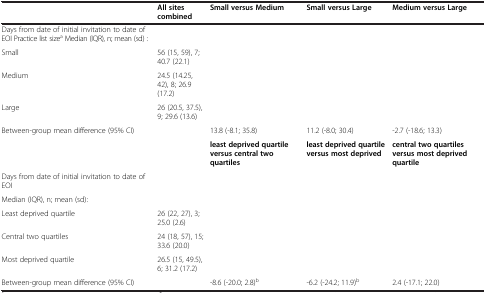
<table><thead><tr><td><b> </b></td><td><b>All sites combined</b></td><td><b>Small versus Medium</b></td><td><b>Small versus Large</b></td><td><b>Medium versus Large</b></td></tr></thead><tbody><tr><td>Days from date of initial invitation to date of EOI Practice list size<sup>a</sup> Median (IQR), n; mean (sd) :</td><td> </td><td> </td><td> </td><td> </td></tr><tr><td>Small</td><td>56 (15, 59), 7; 40.7 (22.1)</td><td> </td><td> </td><td> </td></tr><tr><td>Medium</td><td>24.5 (14.25, 42), 8; 26.9 (17.2)</td><td> </td><td> </td><td> </td></tr><tr><td>Large</td><td>26 (20.5, 37.5), 9; 29.6 (13.6)</td><td> </td><td> </td><td> </td></tr><tr><td>Between-group mean difference (95% CI)</td><td> </td><td>13.8 (-8.1; 35.8)</td><td>11.2 (-8.0; 30.4)</td><td>-2.7 (-18.6; 13.3)</td></tr><tr><td> </td><td> </td><td><b>least deprived quartile versus central two quartiles</b></td><td><b>least deprived quartile versus most deprived</b></td><td><b>central two quartiles versus most deprived quartile</b></td></tr><tr><td>Days from date of initial invitation to date of EOI</td><td> </td><td> </td><td> </td><td> </td></tr><tr><td>Median (IQR), n; mean (sd):</td><td> </td><td> </td><td> </td><td> </td></tr><tr><td>Least deprived quartile</td><td>26 (22, 27), 3; 25.0 (2.6)</td><td> </td><td> </td><td> </td></tr><tr><td>Central two quartiles</td><td>24 (18, 57), 15; 33.6 (20.0)</td><td> </td><td> </td><td> </td></tr><tr><td>Most deprived quartile</td><td>26.5 (15, 49.5), 6; 31.2 (17.2)</td><td> </td><td> </td><td> </td></tr><tr><td>Between-group mean difference (95% CI)</td><td> </td><td>-8.6 (-20.0; 2.8)<sup>b</sup></td><td>-6.2 (-24.2; 11.9)<sup>b</sup></td><td>2.4 (-17.1; 22.0)</td></tr></tbody></table>